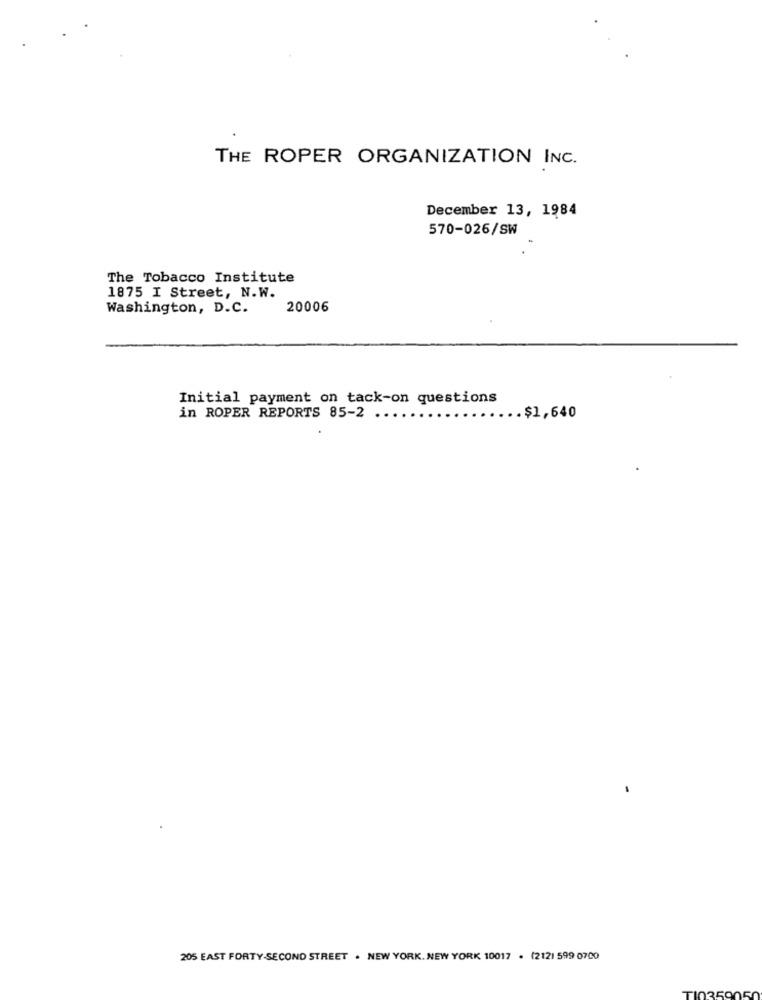
THE ROPER ORGANIZATION INC.
December 13, 1984
570-026/SW
The Tobacco Institute
1875 I Street, N.W.
Washington, D.C.
20006
Initial payment on tack-on questions
in ROPER REPORTS 85-2 ..
... $1,640
205 EAST FORTY-SECOND STREET . NEW YORK. NEW YORK 10017 . (2121 599 0700
0359050